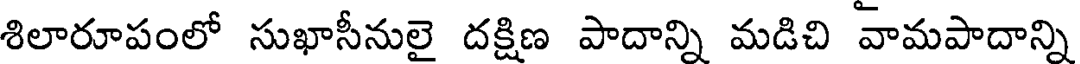
శిలారూపంలో సుఖాసీనులై దక్షిణ పాదాన్ని మడిచి వామపాదాన్ని